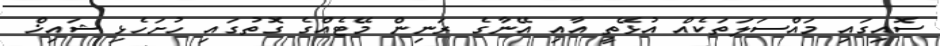
ސޮއިގައި މައްސަލަތަކެއް އުޅޭތީ އާއި އޭނާގެ ރަނިން މޭޓެއްގެ ގޮތުގައި ހުށަހެޅި ޝައިޚް